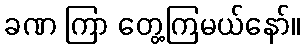
ခဏ ကြာ တွေ့ကြမယ်နော်။